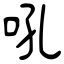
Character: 吼